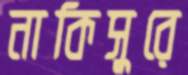
নাকিসুরে